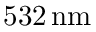
5 3 2 \, \mathrm { n m }